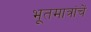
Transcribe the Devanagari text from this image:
भूतमात्रांचें